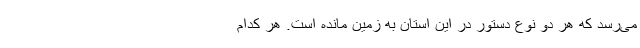
می‌رسد که هر دو نوع دستور در این استان به زمین مانده است. هر کدام